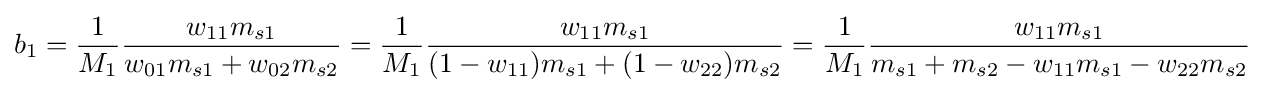
b_{1}={\frac {1}{M_{1}}}{\frac {w_{11}m_{s1}}{w_{01}m_{s1}+w_{02}m_{s2}}}={\frac {1}{M_{1}}}{\frac {w_{11}m_{s1}}{(1-w_{11})m_{s1}+(1-w_{22})m_{s2}}}={\frac {1}{M_{1}}}{\frac {w_{11}m_{s1}}{m_{s1}+m_{s2}-w_{11}m_{s1}-w_{22}m_{s2}}}